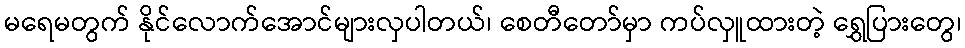
မရေမတွက် နိုင်လောက်အောင်များလှပါတယ်၊ စေတီတော်မှာ ကပ်လှူထားတဲ့ ရွှေပြားတွေ၊